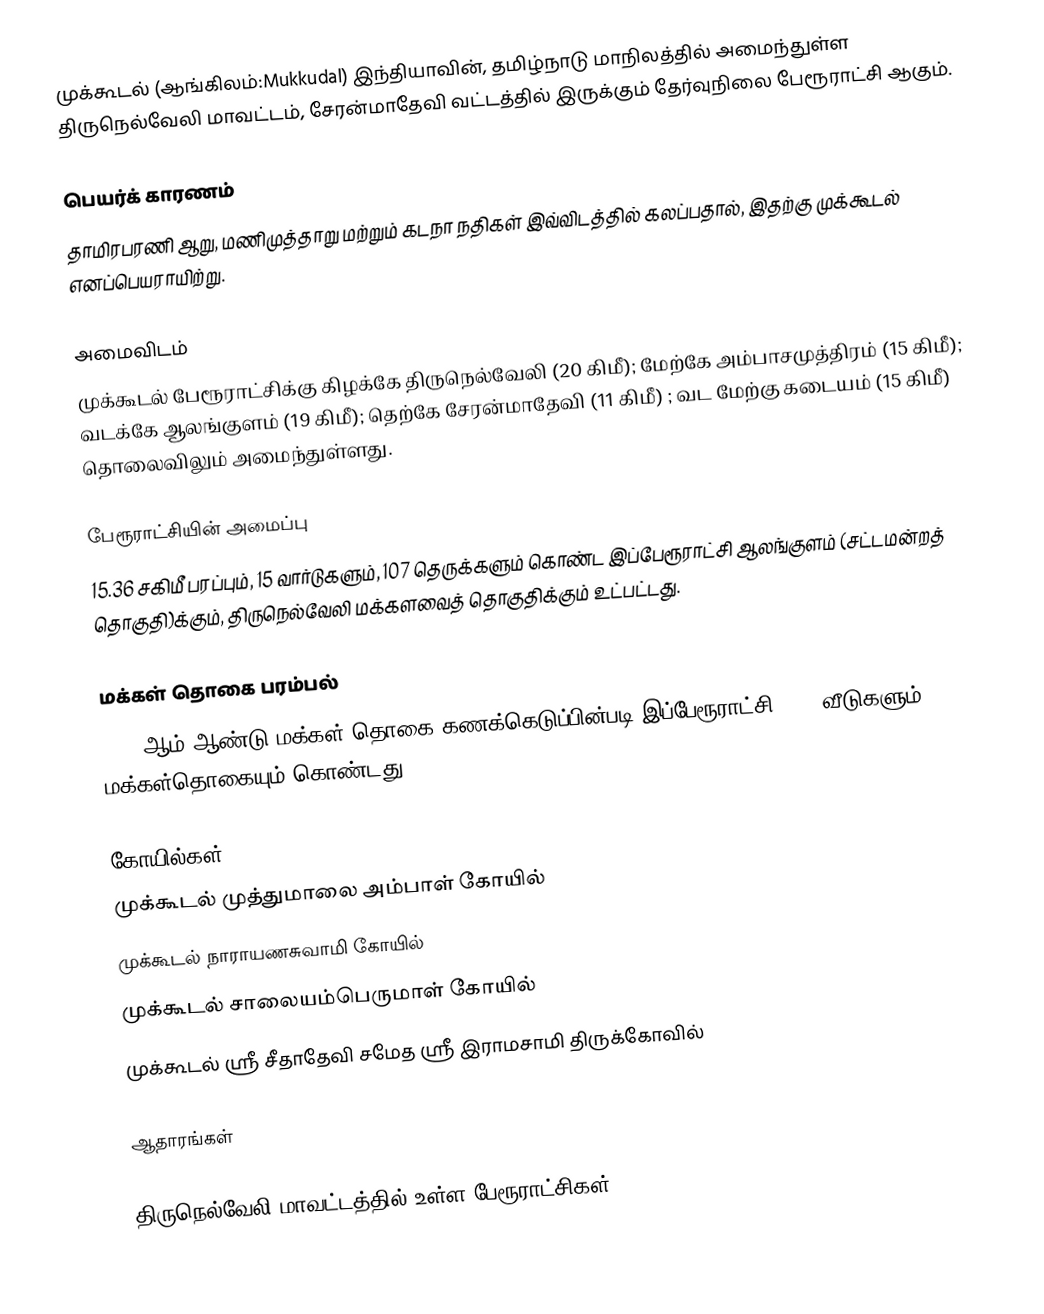
முக்கூடல் (ஆங்கிலம்:Mukkudal) இந்தியாவின், தமிழ்நாடு மாநிலத்தில் அமைந்துள்ள திருநெல்வேலி மாவட்டம், சேரன்மாதேவி வட்டத்தில் இருக்கும் தேர்வுநிலை பேரூராட்சி ஆகும்.

பெயர்க் காரணம்
தாமிரபரணி ஆறு, மணிமுத்தாறு மற்றும் கடநா நதிகள் இவ்விடத்தில் கலப்பதால், இதற்கு முக்கூடல் எனப்பெயராயிற்று.

அமைவிடம்
முக்கூடல் பேரூராட்சிக்கு கிழக்கே திருநெல்வேலி  (20 கிமீ); மேற்கே அம்பாசமுத்திரம் (15 கிமீ); வடக்கே ஆலங்குளம் (19 கிமீ); தெற்கே சேரன்மாதேவி (11 கிமீ) ; வட மேற்கு கடையம் (15 கிமீ) தொலைவிலும் அமைந்துள்ளது.

பேரூராட்சியின் அமைப்பு
15.36  சகிமீ பரப்பும், 15 வார்டுகளும், 107 தெருக்களும் கொண்ட இப்பேரூராட்சி  ஆலங்குளம் (சட்டமன்றத் தொகுதி)க்கும், திருநெல்வேலி மக்களவைத் தொகுதிக்கும் உட்பட்டது.

மக்கள் தொகை பரம்பல்
2011-ஆம் ஆண்டு மக்கள் தொகை கணக்கெடுப்பின்படி  இப்பேரூராட்சி                6298 வீடுகளும், 14,983 மக்கள்தொகையும் கொண்டது.

கோயில்கள்
 முக்கூடல் முத்துமாலை அம்பாள் கோயில்
 முக்கூடல் நாராயணசுவாமி கோயில்
 முக்கூடல் சாலையம்பெருமாள் கோயில்
 முக்கூடல் ஸ்ரீ சீதாதேவி சமேத ஸ்ரீ இராமசாமி  திருக்கோவில்

ஆதாரங்கள்

திருநெல்வேலி மாவட்டத்தில் உள்ள பேரூராட்சிகள்